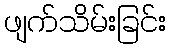
ဖျက်သိမ်းခြင်း